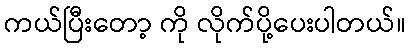
ကယ်ပြီးတော့ ကို လိုက်ပို့ပေးပါတယ်။